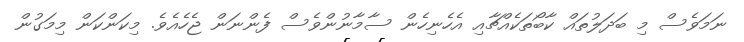
ނަމަވެސް މި ބަދަލުތައް ކާބޯތަކެއްޗާއި އެހެނިހެން ސާމާނުންވެސް ފެންނަން ޖެހެއެވެ. މިކަންކަން މިމަގުން